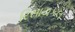
રિસાયકલ